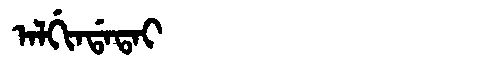
Manchu: ᠠᠯᡤᡳᠨᡩᠠᡨᠠᡳ
Romanization: ALGINDATAI